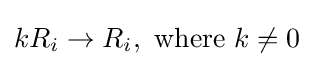
kR_{i}\rightarrow R_{i},\ {\mbox{where }}k\neq 0